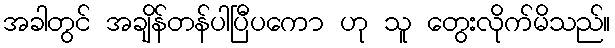
အခါတွင် အချိန်တန်ပါပြီပကော ဟု သူ တွေးလိုက်မိသည်။